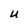
Character: U